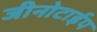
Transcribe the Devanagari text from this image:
जीनोटाईप